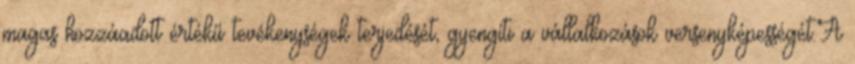
magas hozzáadott értékű tevékenységek terjedését, gyengíti a vállalkozások versenyképességét.A